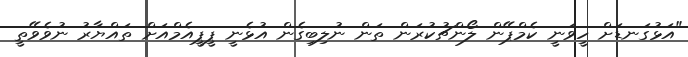
"އަޅުގަނޑަށް ހީވަނީ ކެމްޕޭން ލޯންޗުކުރަން ތަން ނުލިބިގެން އުޅެނީ ޕީޕީއެމްއަށް ތައްޔާރު ނުވެވޭތީ